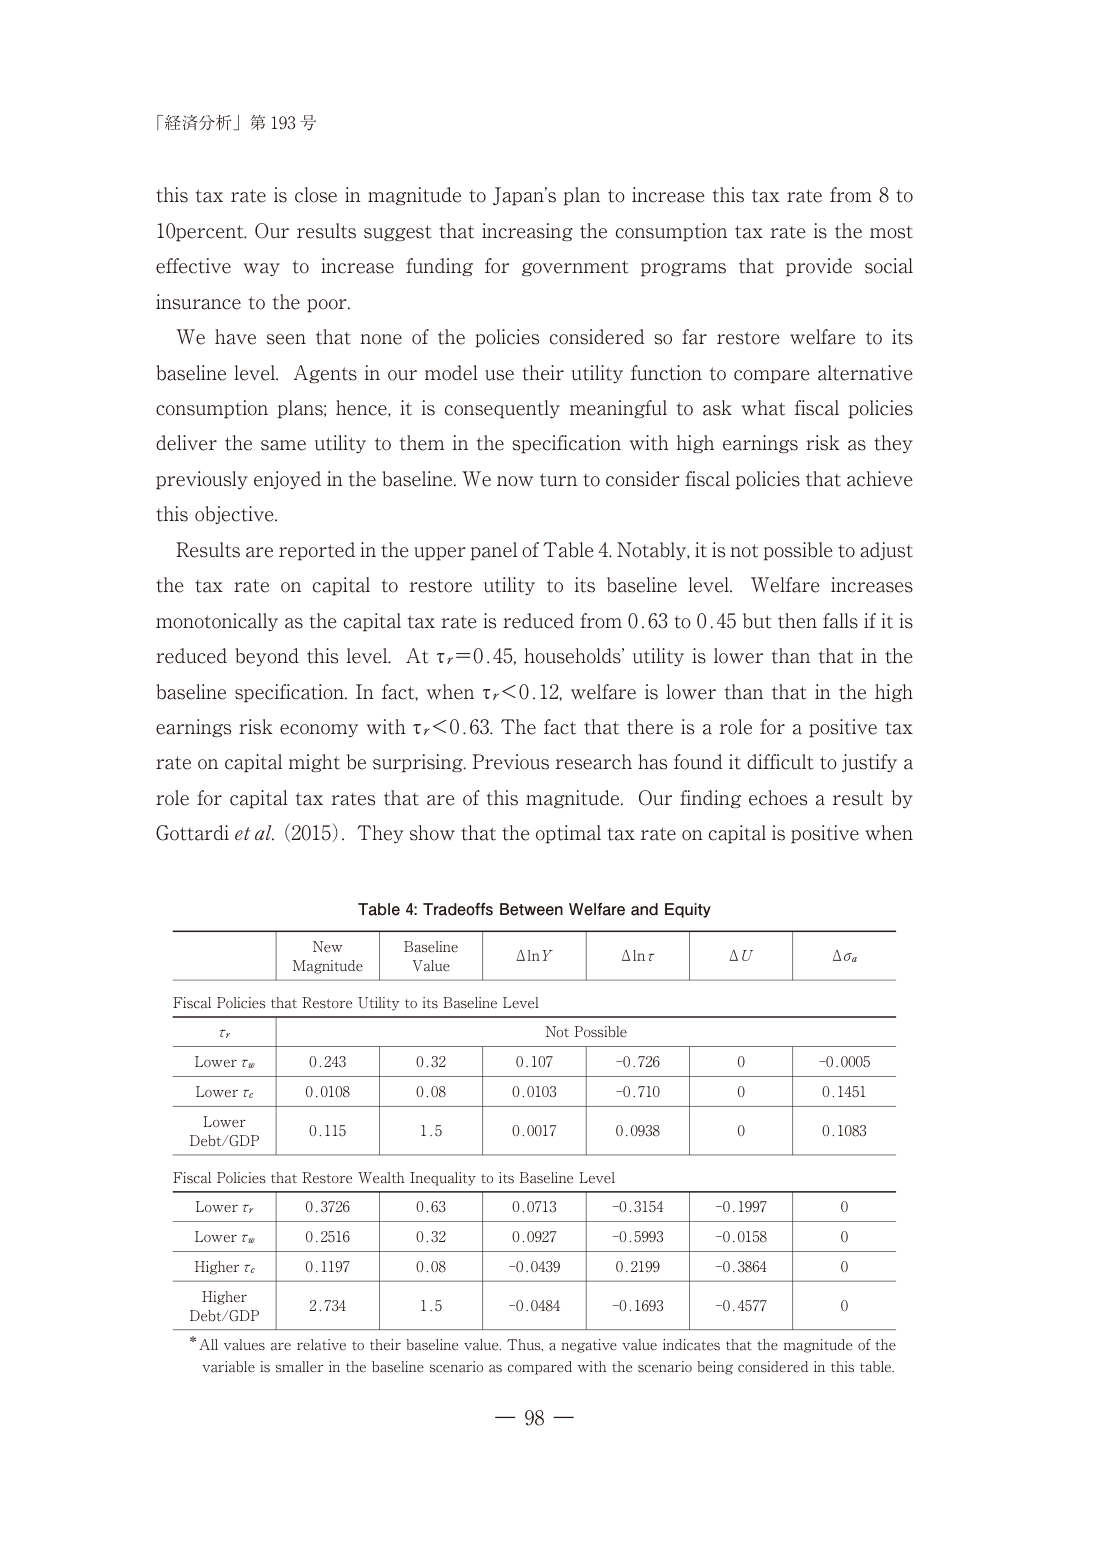
「経済分析」第 193 号

this tax rate is close in magnitude to Japan's plan to increase this tax rate from 8 to 10percent. Our results suggest that increasing the consumption tax rate is the most effective way to increase funding for government programs that provide social insurance to the poor.

We have seen that none of the policies considered so far restore welfare to its baseline level. Agents in our model use their utility function to compare alternative consumption plans; hence, it is consequently meaningful to ask what fiscal policies deliver the same utility to them in the specification with high earnings risk as they previously enjoyed in the baseline. We now turn to consider fiscal policies that achieve this objective.

Results are reported in the upper panel of Table 4. Notably, it is not possible to adjust the tax rate on capital to restore utility to its baseline level. Welfare increases monotonically as the capital tax rate is reduced from 0.63 to 0.45 but then falls if it is reduced beyond this level. At τr=0.45, households' utility is lower than that in the baseline specification. In fact, when τr<0.12, welfare is lower than that in the high earnings risk economy with τr<0.63. The fact that there is a role for a positive tax rate on capital might be surprising. Previous research has found it difficult to justify a role for capital tax rates that are of this magnitude. Our finding echoes a result by Gottardi et al. (2015). They show that the optimal tax rate on capital is positive when

Table 4: Tradeoffs Between Welfare and Equity

New Magnitude | Baseline Value | ΔlnY | Δlnr | ΔU | Δσa
--- | --- | --- | --- | --- | ---
Fiscal Policies that Restore Utility to its Baseline Level | | | | | |
τr | Not Possible | | | | |
Lower τw | 0.243 | 0.32 | 0.107 | -0.726 | 0 | -0.0005
Lower τc | 0.0108 | 0.08 | 0.0103 | -0.710 | 0 | 0.1451
Lower Debt/GDP | 0.115 | 1.5 | 0.0017 | 0.0938 | 0 | 0.1083
Fiscal Policies that Restore Wealth Inequality to its Baseline Level | | | | | |
Lower τr | 0.3726 | 0.63 | 0.0713 | -0.3154 | -0.1997 | 0
Lower τw | 0.2516 | 0.32 | 0.0927 | -0.5993 | -0.0158 | 0
Higher τc | 0.1197 | 0.08 | -0.0439 | 0.2199 | -0.3864 | 0
Higher Debt/GDP | 2.734 | 1.5 | -0.0484 | -0.1693 | -0.4577 | 0

*All values are relative to their baseline value. Thus, a negative value indicates that the magnitude of the variable is smaller in the baseline scenario as compared with the scenario being considered in this table.

— 98 —